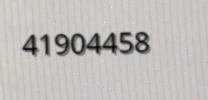
41904458